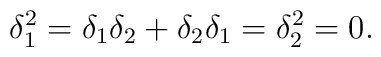
\delta_{1}^{2} = \delta_{1}\delta_{2} + \delta_{2}\delta_{1} =\delta_{2}^{2} = 0.